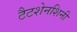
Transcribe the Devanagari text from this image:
टैटशेनशिनी